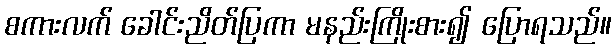
စကားလက် ခေါင်းညိတ်ပြကာ မနည်းကြိုးစား၍ ပြောရသည်။